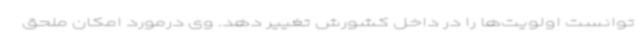
توانست اولویت‌ها را در داخل کشورش تغییر دهد. وی درمورد امکان ملحق